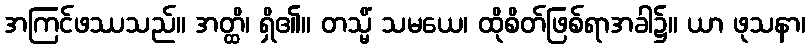
အကြင်ဖဿသည်။ အတ္ထိ၊ ရှိ၏။ တသ္မိံ သမယေ၊ ထိုစိတ်ဖြစ်ရာအခါ၌။ ယာ ဖုသနာ၊